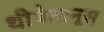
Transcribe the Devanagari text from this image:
थीबेतानूस्